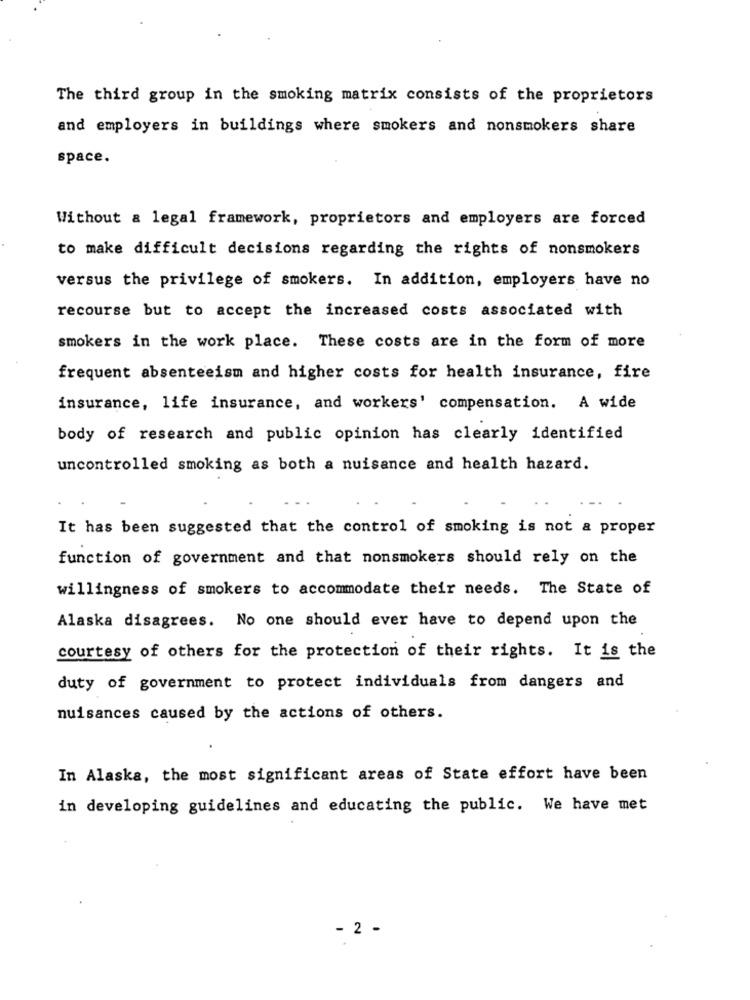
The third group in the smoking matrix consists of the proprietors
and employers in buildings where smokers and nonsmokers share
space.
Without & legal framework, proprietors and employers are forced
to make difficult decisions regarding the rights of nonsmokers
versus the privilege of smokers. In addition, employers have no
recourse but to accept the increased costs associated with
smokers in the work place. These costs are in the form of more
frequent absenteeism and higher costs for health insurance, fire
insurance, life insurance, and workers' compensation. A wide
body of research and public opinion has clearly identified
uncontrolled smoking as both a nuisance and health hazard.
It has been suggested that the control of smoking is not a proper
function of government and that nonsmokers should rely on the
willingness of smokers to accommodate their needs. The State of
Alaska disagrees. No one should ever have to depend upon the
courtesy of others for the protection of their rights. It is the
duty of government to protect individuals from dangers and
nuisances caused by the actions of others.
In Alaska, the most significant areas of State effort have been
in developing guidelines and educating the public. We have met
- 2 -